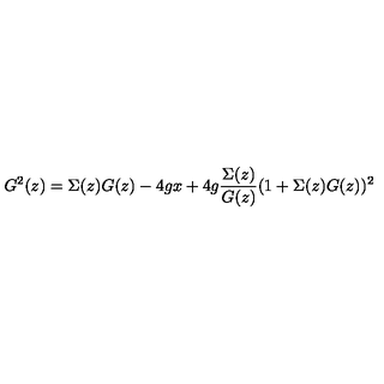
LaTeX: G ^ { 2 } ( z ) = \Sigma ( z ) G ( z ) - 4 g x + 4 g { \frac { \Sigma ( z ) } { G ( z ) } } ( 1 + \Sigma ( z ) G ( z ) ) ^ { 2 }